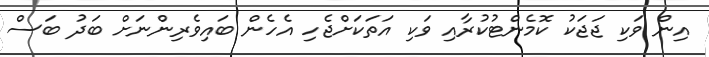
އިން ވަކި ޖަޖަކު ކޮމެންޓުކުރާއި ވަކި އަތަކަށްޖެހި އެހެން ބައިވެރިންނަށް ބަދު ބަސް